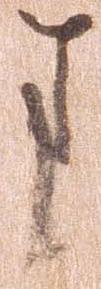
ま